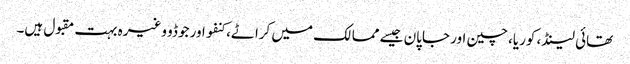
تھائی لینڈ، کوریا، چین اور جاپان جیسے ممالک میں کراٹے، کنفو اور جوڈو وغیرہ بہت مقبول ہیں۔